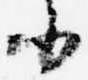
小